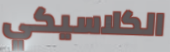
الكلاسيكي